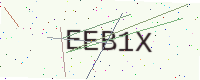
Text: EEB1X